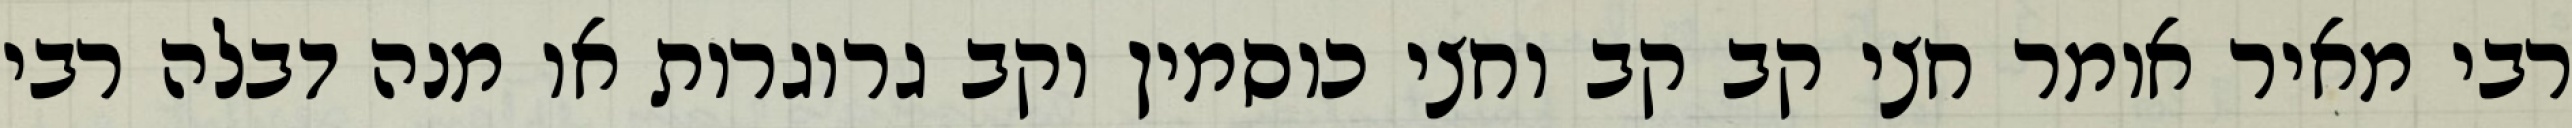
רבי מאיר אומר חצי קב קב וחצי כוסמין וקב גרוגרות או מנה דבלה רבי